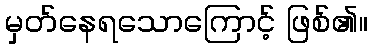
မှတ်နေရသောကြောင့် ဖြစ်၏။